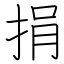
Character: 捐